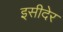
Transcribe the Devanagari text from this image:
इसीदेर